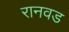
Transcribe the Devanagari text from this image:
रानवड